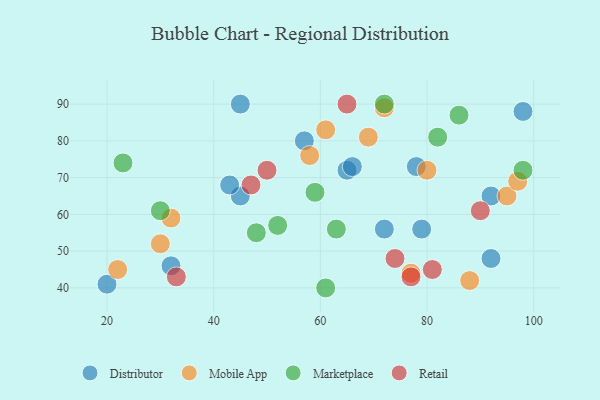
{"axis": {"x": "GDP", "y": "Life Expectancy"}, "legend": ["Distributor", "Marketplace", "Mobile App", "Retail"], "data": [{"x": "32", "y": 46, "type": "Distributor"}, {"x": "57", "y": 80, "type": "Distributor"}, {"x": "45", "y": 65, "type": "Distributor"}, {"x": "79", "y": 56, "type": "Distributor"}, {"x": "65", "y": 72, "type": "Distributor"}, {"x": "92", "y": 65, "type": "Distributor"}, {"x": "92", "y": 48, "type": "Distributor"}, {"x": "78", "y": 73, "type": "Distributor"}, {"x": "43", "y": 68, "type": "Distributor"}, {"x": "98", "y": 88, "type": "Distributor"}, {"x": "66", "y": 73, "type": "Distributor"}, {"x": "45", "y": 90, "type": "Distributor"}, {"x": "20", "y": 41, "type": "Distributor"}, {"x": "72", "y": 56, "type": "Distributor"}, {"x": "32", "y": 59, "type": "Mobile App"}, {"x": "95", "y": 65, "type": "Mobile App"}, {"x": "69", "y": 81, "type": "Mobile App"}, {"x": "97", "y": 69, "type": "Mobile App"}, {"x": "80", "y": 72, "type": "Mobile App"}, {"x": "88", "y": 42, "type": "Mobile App"}, {"x": "61", "y": 83, "type": "Mobile App"}, {"x": "30", "y": 52, "type": "Mobile App"}, {"x": "77", "y": 44, "type": "Mobile App"}, {"x": "72", "y": 89, "type": "Mobile App"}, {"x": "22", "y": 45, "type": "Mobile App"}, {"x": "58", "y": 76, "type": "Mobile App"}, {"x": "86", "y": 87, "type": "Marketplace"}, {"x": "72", "y": 90, "type": "Marketplace"}, {"x": "63", "y": 56, "type": "Marketplace"}, {"x": "61", "y": 40, "type": "Marketplace"}, {"x": "59", "y": 66, "type": "Marketplace"}, {"x": "30", "y": 61, "type": "Marketplace"}, {"x": "82", "y": 81, "type": "Marketplace"}, {"x": "23", "y": 74, "type": "Marketplace"}, {"x": "48", "y": 55, "type": "Marketplace"}, {"x": "98", "y": 72, "type": "Marketplace"}, {"x": "52", "y": 57, "type": "Marketplace"}, {"x": "81", "y": 45, "type": "Retail"}, {"x": "74", "y": 48, "type": "Retail"}, {"x": "90", "y": 61, "type": "Retail"}, {"x": "33", "y": 43, "type": "Retail"}, {"x": "77", "y": 43, "type": "Retail"}, {"x": "65", "y": 90, "type": "Retail"}, {"x": "50", "y": 72, "type": "Retail"}, {"x": "47", "y": 68, "type": "Retail"}]}